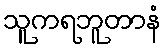
သူကရဘူတာနံ